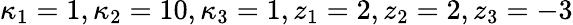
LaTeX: \kappa_{1}=1,\kappa_{2}=10,\kappa_{3}=1,z_{1}=2,z_{2}=2,z_{3}=-3